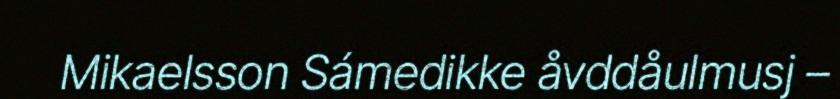
Mikaelsson Sámedikke åvddåulmusj –